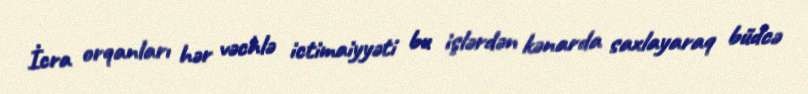
İcra orqanları hər vəchlə ictimaiyyəti bu işlərdən kənarda saxlayaraq büdcə